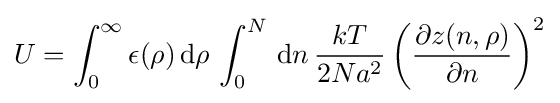
U=\int _{0}^{\infty }\epsilon (\rho )\,{\rm {d}}\rho \,\int _{0}^{N}\,{\rm {d}}n\,{\frac {kT}{2Na^{2}}}\left({\frac {\partial z(n,\rho )}{\partial n}}\right)^{2}